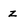
Character: z